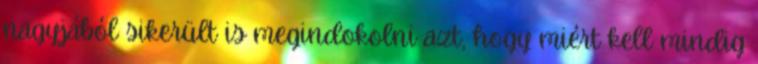
nagyjából sikerült is megindokolni azt, hogy miért kell mindig